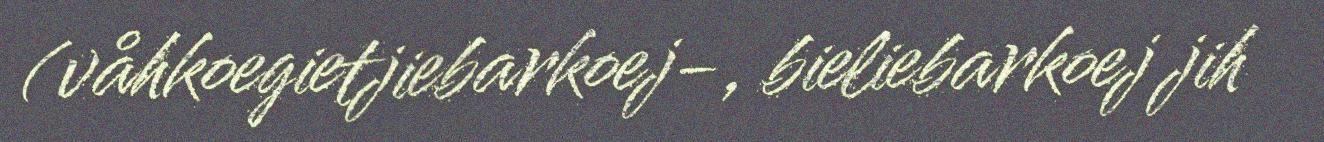
(våhkoegietjiebarkoej-, bieliebarkoej jih